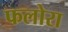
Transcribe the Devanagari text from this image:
फलोरा